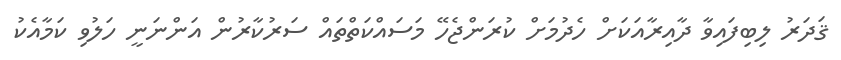
ޤަދަރު ލިބިފައިވާ ދާއިރާއަކަށް ހެދުމަށް ކުރަންޖެހޭ މަސައްކަތްތައް ސަރުކާރުން އަންނަނީ ހަލުވި ކަމާއެކު